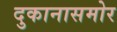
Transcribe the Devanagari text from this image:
दुकानासमोर